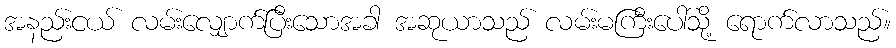
အနည်းငယ် လမ်းလျှောက်ပြီးသောအခါ အဆုယာသည် လမ်းမကြီးပေါ်သို့ ရောက်လာသည်။